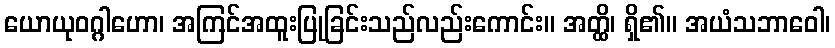
ယောယုဝဂ္ဂါဟော၊ အကြင်အထူးပြုခြင်းသည်လည်းကောင်း။ အတ္ထိ၊ ရှိ၏။ အယံသဘာဝေါ၊